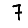
Digit: 7